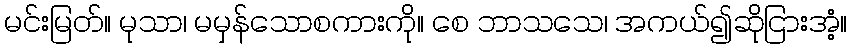
မင်းမြတ်။ မုသာ၊ မမှန်သောစကားကို။ စေ ဘာသသေ၊ အကယ်၍ဆိုငြားအံ့။